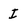
Character: I